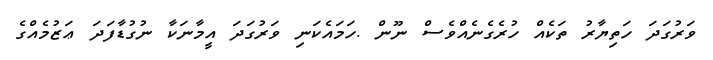
ވަރުގަދަ ހަތިޔާރު ތަކެއް ހުރެގެނެއްވެސް ނޫން .ހަމައެކަނި ވަރުގަދަ އީމާނަކާ ނުގުޑާފަދަ ޢަޒުމެއްގެ